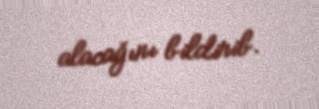
alacağını bildirib.